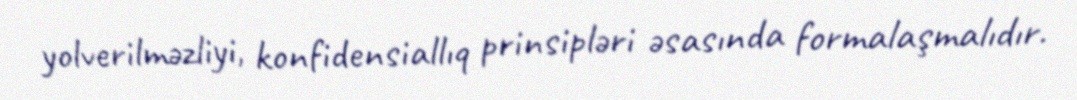
yolverilməzliyi, konfidensiallıq prinsipləri əsasında formalaşmalıdır.